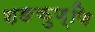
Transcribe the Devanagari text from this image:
शङकुण्णि